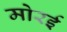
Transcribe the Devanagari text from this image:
मोरई